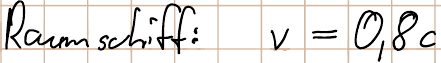
Raumschiff: v=0,8c